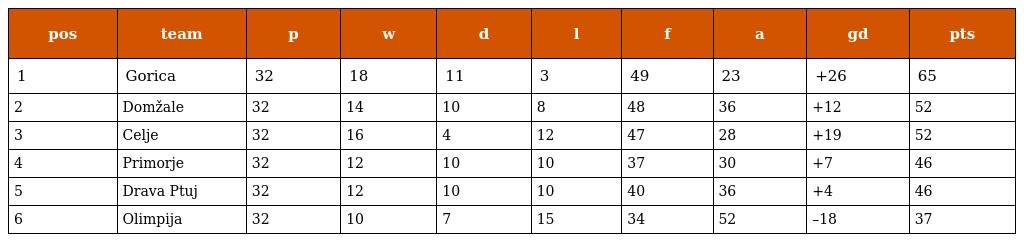
| pos | team | p | w | d | l | f | a | gd | pts |
 | --- | --- | --- | --- | --- | --- | --- | --- | --- | --- |
 | 1 | Gorica | 32 | 18 | 11 | 3 | 49 | 23 | +26 | 65 |
 | 2 | Domžale | 32 | 14 | 10 | 8 | 48 | 36 | +12 | 52 |
 | 3 | Celje | 32 | 16 | 4 | 12 | 47 | 28 | +19 | 52 |
 | 4 | Primorje | 32 | 12 | 10 | 10 | 37 | 30 | +7 | 46 |
 | 5 | Drava Ptuj | 32 | 12 | 10 | 10 | 40 | 36 | +4 | 46 |
 | 6 | Olimpija | 32 | 10 | 7 | 15 | 34 | 52 | –18 | 37 |